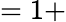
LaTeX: =1+